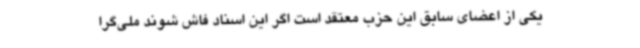
یکی از اعضای سابق این حزب معتقد است اگر این اسناد فاش شوند ملی‌گرا